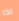
اذا